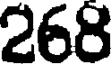
268